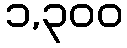
၁,၃၀၀